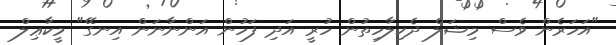
"އަހަރެން ވެސް މިޝަލް ދެކިލާހިތުން ހުރީ އަދި ފަހުން އަންނާނަން އިނގޭ" މީކާޢިލް